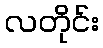
လတိုင်း